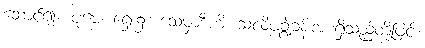
ဆောင်၍။ ပုဗ္ဗေ၊ ရှေး၌။ သေမှာဒီဟိ၊ သလိပ်ချွဲခန်းအစရှိသည်တို့ဖြင့်။